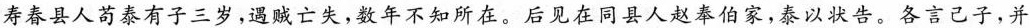
寿春县人苟泰有子三岁，遇贼亡失，数年不知所在。后见在同县人赵奉伯家，泰以状告。各言己子，并